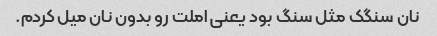
نان سنگک مثل سنگ بود یعنی املت رو بدون نان میل کردم.